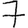
Digit: 7